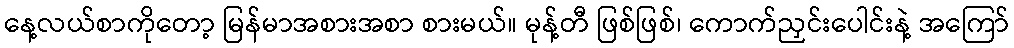
နေ့လယ်စာကိုတော့ မြန်မာအစားအစာ စားမယ်။ မုန့်တီ ဖြစ်ဖြစ်၊ ကောက်ညှင်းပေါင်းနဲ့ အကြော်